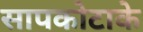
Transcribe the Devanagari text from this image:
सापकोटाके